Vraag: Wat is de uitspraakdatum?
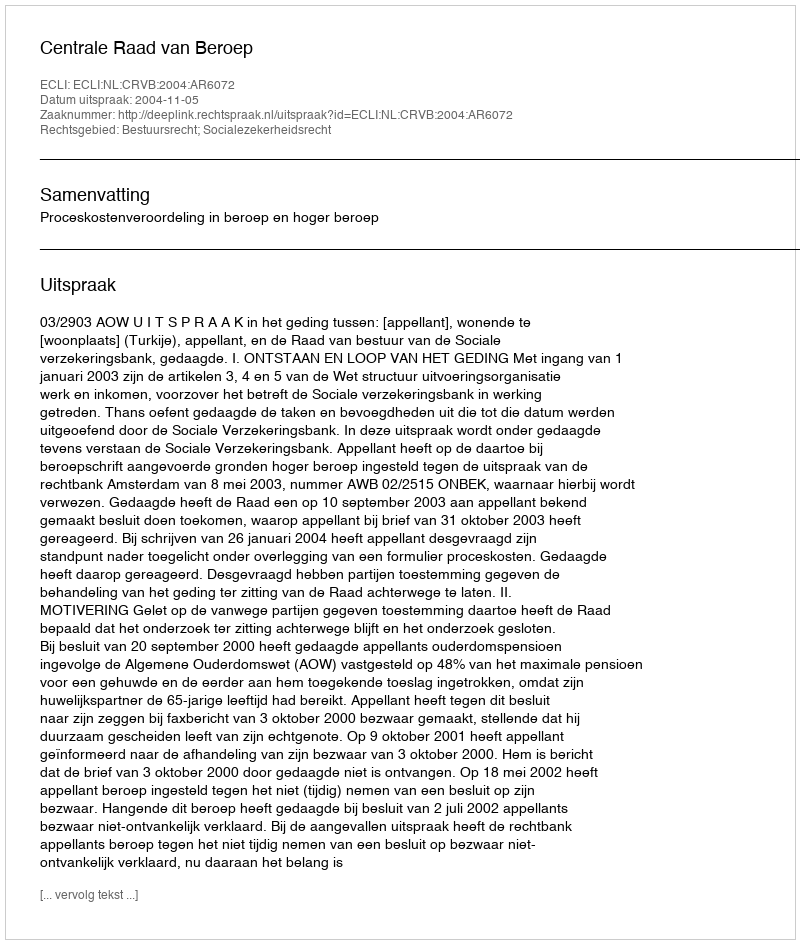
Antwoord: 2004-11-05